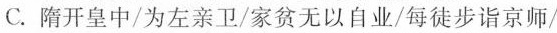
C.隋开皇中/为左亲卫/家贫无以自业/每徒步诣京师/